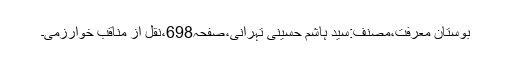
بوستانِ معرفت،مصنف:سید ہاشم حسینی تہرانی،صفحہ698،نقل از مناقب ِخوارزمی۔